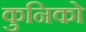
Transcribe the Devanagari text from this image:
कुनिको